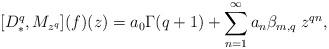
LaTeX: \begin{align*}[D_*^q,M_{z^q}](f)(z)=a_0\Gamma(q+1)+\sum_{n=1}^{\infty}a_n\beta_{m,q}\;z^{qn},\end{align*}